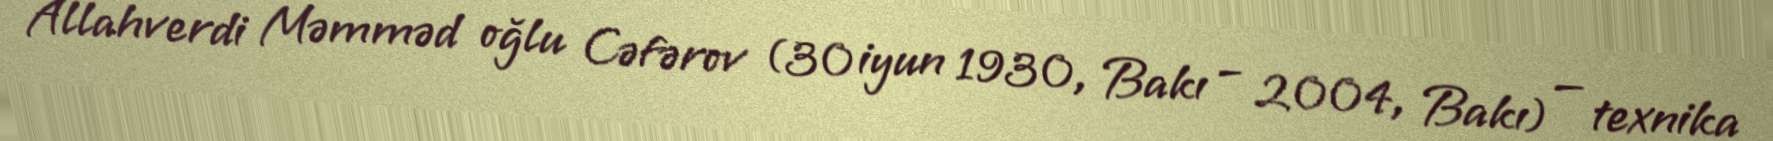
Allahverdi Məmməd oğlu Cəfərov (30 iyun 1930, Bakı – 2004, Bakı) — texnika